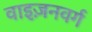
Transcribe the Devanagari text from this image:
वाइज़नवर्ग